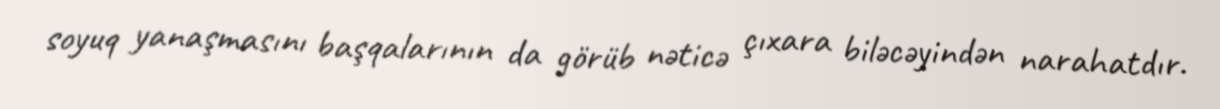
soyuq yanaşmasını başqalarının da görüb nəticə çıxara biləcəyindən narahatdır.